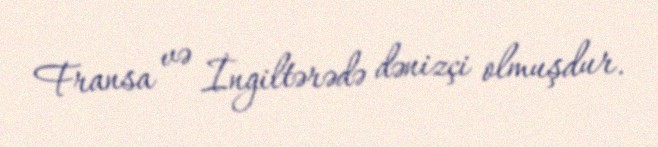
Fransa və İngiltərədə dənizçi olmuşdur.